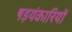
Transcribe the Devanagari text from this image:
षड़यंकारियों